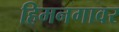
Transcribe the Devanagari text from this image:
हिमनगावर